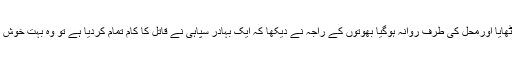
کانے راجہ کے مرتے ہی سپاہی نے سر اٹھایا اورمحل کی طرف روانہ ہوگیا بھوتوں کے راجہ نے دیکھا کہ ایک بہادر سپاہی نے قاتل کا کام تمام کردیا ہے تو وہ بہت خوش ہوا اور اُس نے سپاہی کو ڈھیڑوں انعام دیا۔